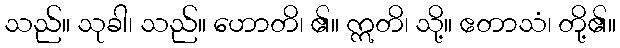
သည်။ သုခါ၊ သည်။ ဟောတိ၊ ၏။ ဣတိ၊ သို့။ ဧတာသံ၊ တို့၏။